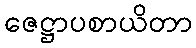
ဇေဋ္ဌာပစာယိတာ